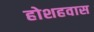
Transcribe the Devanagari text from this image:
होशहवास